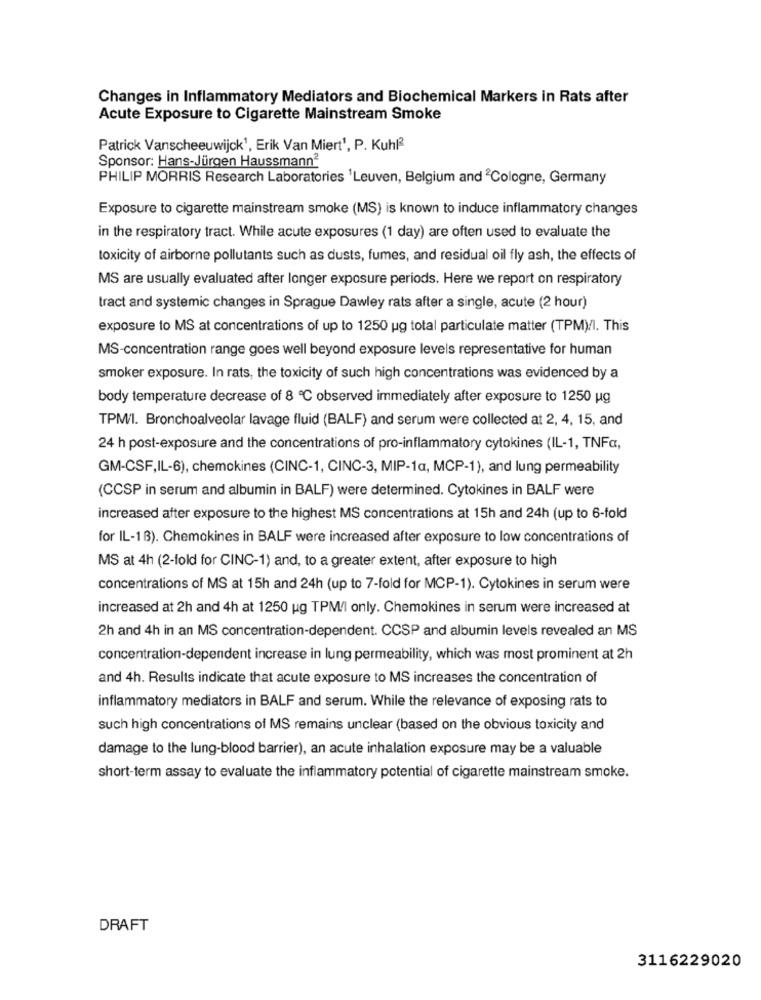
Changes in Inflammatory Mediators and Biochemical Markers in Rats after
Acute Exposure to Cigarette Mainstream Smoke
Patrick Vanscheeuwijck1, Erik Van Miert1, P. Kuhl2
Sponsor: Hans-Jürgen Haussmann2
PHILIP MORRIS Research Laboratories 'Leuven, Belgium and Cologne, Germany
Exposure to cigarette mainstream smoke (MS) is known to induce inflammatory changes
in the respiratory tract. While acute exposures (1 day) are often used to evaluate the
toxicity of airborne pollutants such as dusts, fumes, and residual oil fly ash, the effects of
MS are usually evaluated after longer exposure periods. Here we report on respiratory
tract and systemic changes in Sprague Dawley rats after a single, acute (2 hour)
exposure to MS at concentrations of up to 1250 ug total particulate matter (TPM)/I. This
MS-concentration range goes well beyond exposure levels representative for human
smoker exposure. In rats, the toxicity of such high concentrations was evidenced by a
body temperature decrease of 8 ℃ observed immediately after exposure to 1250 ug
TPM/I. Bronchoalveolar lavage fluid (BALF) and serum were collected at 2, 4, 15, and
24 h post-exposure and the concentrations of pro-inflammatory cytokines (IL-1, TNFa,
GM-CSF,IL-6), chemokines (CINC-1, CINC-3, MIP-1a, MCP-1), and lung permeability
(CCSP in serum and albumin in BALF) were determined. Cytokines in BALF were
increased after exposure to the highest MS concentrations at 15h and 24h (up to 6-fold
for IL-18). Chemokines in BALF were increased after exposure to low concentrations of
MS at 4h (2-fold for CINC-1) and, to a greater extent, after exposure to high
concentrations of MS at 15h and 24h (up to 7-fold for MCP-1). Cytokines in serum were
increased at 2h and 4h at 1250 ug TPM/I only. Chemokines in serum were increased at
2h and 4h in an MS concentration-dependent. CCSP and albumin levels revealed an MS
concentration-dependent increase in lung permeability, which was most prominent at 2h
and 4h. Results indicate that acute exposure to MS increases the concentration of
inflammatory mediators in BALF and serum. While the relevance of exposing rats to
such high concentrations of MS remains unclear (based on the obvious toxicity and
damage to the lung-blood barrier), an acute inhalation exposure may be a valuable
short-term assay to evaluate the inflammatory potential of cigarette mainstream smoke.
DRAFT
3116229020